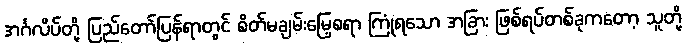
အင်္ဂလိပ်တို့ ပြည်တော်ပြန်ရာတွင် စိတ်မချမ်းမြေ့စရာ ကြုံရသော အခြား ဖြစ်ရပ်တစ်ခုကတော့ သူတို့